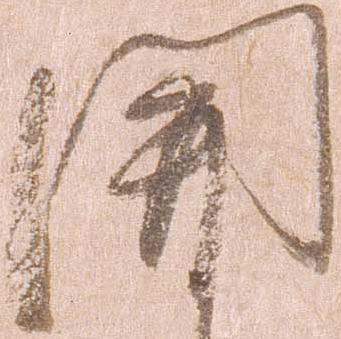
関